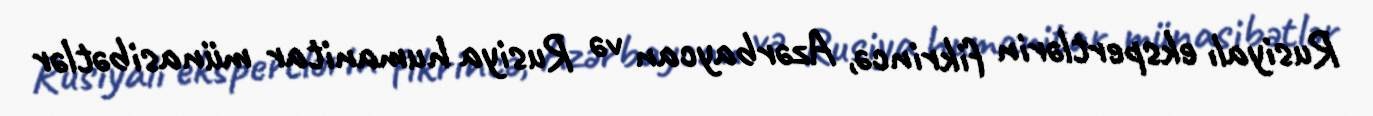
Rusiyalı ekspertlərin fikrincə, Azərbaycan və Rusiya humanitar münasibətlər